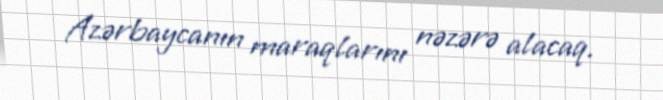
Azərbaycanın maraqlarını nəzərə alacaq.